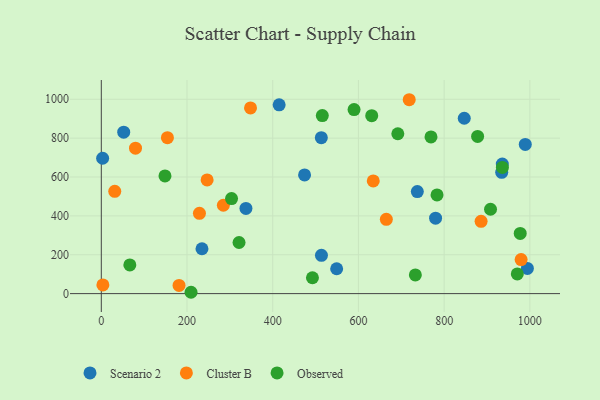
{"axis": {"x": "Study Hours", "y": "Rating"}, "legend": ["Cluster B", "Observed", "Scenario 2"], "data": [{"x": "846.9", "y": 902.5, "type": "Scenario 2"}, {"x": "415.0", "y": 971.6, "type": "Scenario 2"}, {"x": "513.4", "y": 802.6, "type": "Scenario 2"}, {"x": "935.7", "y": 666.7, "type": "Scenario 2"}, {"x": "994.2", "y": 129.8, "type": "Scenario 2"}, {"x": "52.3", "y": 830.9, "type": "Scenario 2"}, {"x": "3.1", "y": 696.5, "type": "Scenario 2"}, {"x": "337.5", "y": 438.6, "type": "Scenario 2"}, {"x": "737.4", "y": 524.9, "type": "Scenario 2"}, {"x": "934.3", "y": 624.3, "type": "Scenario 2"}, {"x": "474.3", "y": 611.0, "type": "Scenario 2"}, {"x": "549.2", "y": 128.0, "type": "Scenario 2"}, {"x": "989.3", "y": 767.9, "type": "Scenario 2"}, {"x": "513.7", "y": 196.9, "type": "Scenario 2"}, {"x": "780.0", "y": 388.0, "type": "Scenario 2"}, {"x": "234.9", "y": 230.9, "type": "Scenario 2"}, {"x": "718.5", "y": 997.7, "type": "Cluster B"}, {"x": "979.6", "y": 175.1, "type": "Cluster B"}, {"x": "181.4", "y": 42.3, "type": "Cluster B"}, {"x": "348.2", "y": 955.4, "type": "Cluster B"}, {"x": "284.8", "y": 454.6, "type": "Cluster B"}, {"x": "31.4", "y": 526.2, "type": "Cluster B"}, {"x": "246.9", "y": 584.9, "type": "Cluster B"}, {"x": "79.8", "y": 748.5, "type": "Cluster B"}, {"x": "229.0", "y": 413.0, "type": "Cluster B"}, {"x": "886.2", "y": 372.0, "type": "Cluster B"}, {"x": "665.1", "y": 382.4, "type": "Cluster B"}, {"x": "154.3", "y": 802.5, "type": "Cluster B"}, {"x": "3.7", "y": 44.5, "type": "Cluster B"}, {"x": "634.6", "y": 580.1, "type": "Cluster B"}, {"x": "631.0", "y": 915.7, "type": "Observed"}, {"x": "970.7", "y": 101.5, "type": "Observed"}, {"x": "321.4", "y": 263.0, "type": "Observed"}, {"x": "878.1", "y": 808.9, "type": "Observed"}, {"x": "492.7", "y": 81.6, "type": "Observed"}, {"x": "908.2", "y": 434.2, "type": "Observed"}, {"x": "303.9", "y": 488.9, "type": "Observed"}, {"x": "515.7", "y": 915.9, "type": "Observed"}, {"x": "977.5", "y": 309.8, "type": "Observed"}, {"x": "148.6", "y": 605.5, "type": "Observed"}, {"x": "732.8", "y": 96.2, "type": "Observed"}, {"x": "66.6", "y": 147.4, "type": "Observed"}, {"x": "589.8", "y": 947.1, "type": "Observed"}, {"x": "769.3", "y": 806.5, "type": "Observed"}, {"x": "935.9", "y": 649.1, "type": "Observed"}, {"x": "691.9", "y": 822.7, "type": "Observed"}, {"x": "209.4", "y": 6.9, "type": "Observed"}, {"x": "783.4", "y": 507.9, "type": "Observed"}]}